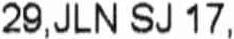
29,JLN SJ 17 ,